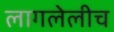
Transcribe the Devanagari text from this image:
लागलेलीच